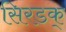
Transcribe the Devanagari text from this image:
सिरडक्